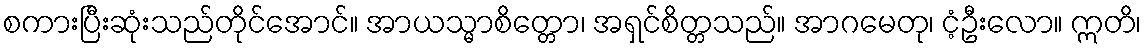
စကားပြီးဆုံးသည်တိုင်အောင်။ အာယသ္မာစိတ္တော၊ အရှင်စိတ္တသည်။ အာဂမေတု၊ ငံ့ဦးလော။ ဣတိ၊